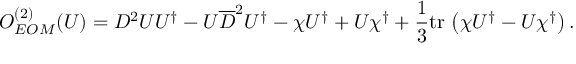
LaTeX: { \cal O } _ { E O M } ^ { ( 2 ) } ( U ) = D ^ { 2 } U U ^ { \dagger } - U \overline { { { D } } } ^ { 2 } U ^ { \dagger } - \chi U ^ { \dagger } + U \chi ^ { \dagger } + \frac { 1 } { 3 } \mathrm { t r } \, \left( \chi U ^ { \dagger } - U \chi ^ { \dagger } \right) .